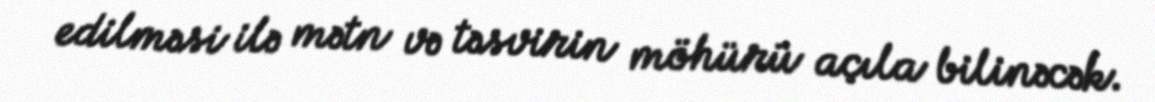
edilməsi ilə mətn və təsvirin möhürü açıla bilinəcək.